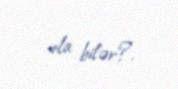
ola bilər?.